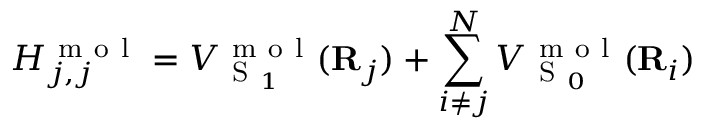
H _ { j , j } ^ { \mathrm { ~ m ~ o ~ l ~ } } = V _ { \mathrm { ~ S ~ } _ { 1 } } ^ { \mathrm { ~ m ~ o ~ l ~ } } ( { \bf { R } } _ { j } ) + \sum _ { i \neq j } ^ { N } V _ { \mathrm { ~ S ~ } _ { 0 } } ^ { \mathrm { ~ m ~ o ~ l ~ } } ( { \bf { R } } _ { i } )